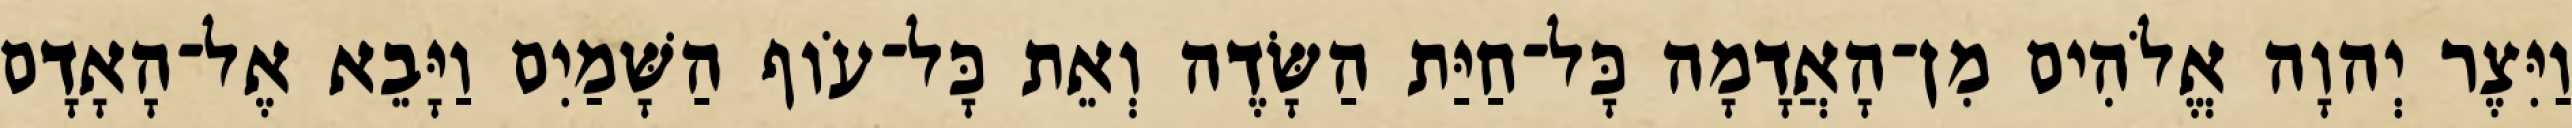
וַיִּצֶר יְהוָה אֱלֹהִים מִן־הָאֲדָמָה כָּל־חַיַּת הַשָּׂדֶה וְאֵת כָּל־עֹוף הַשָּׁמַיִם וַיָּבֵא אֶל־הָאָדָם